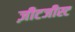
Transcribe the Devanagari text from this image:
ज़ीटजीस्ट